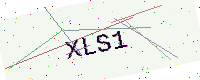
Text: XLS1